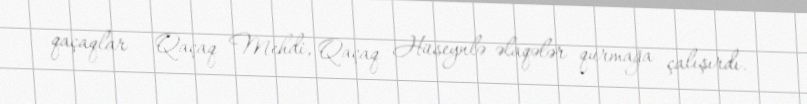
qaçaqlar – Qaçaq Mehdi, Qaçaq Hüseynlə əlaqələr qurmağa çalışırdı.